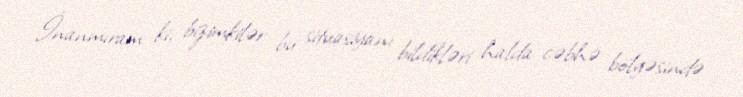
İnanmıram ki, bizimkilər bu situasiyanı bildikləri halda cəbhə bölgəsində